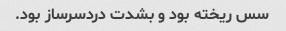
سس ریخته بود و بشدت دردسرساز بود.